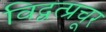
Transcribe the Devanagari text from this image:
विद्वत्प्रचूर